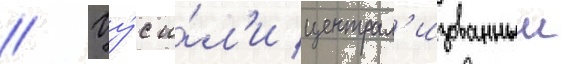
// Цу́с и́л'и централ'изованныи